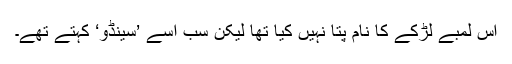
اس لمبے لڑکے کا نام پتا نہیں کیا تھا لیکن سب اسے ’سینڈو‘ کہتے تھے۔